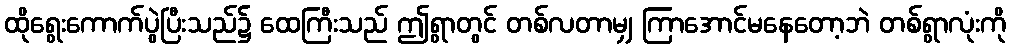
ထိုရွေးကောက်ပွဲပြီးသည်၌ ထေကြီးသည် ဤရွာတွင် တစ်လတာမျှ ကြာအောင်မနေတော့ဘဲ တစ်ရွာလုံးကို